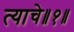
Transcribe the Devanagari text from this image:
त्याचे॥१॥